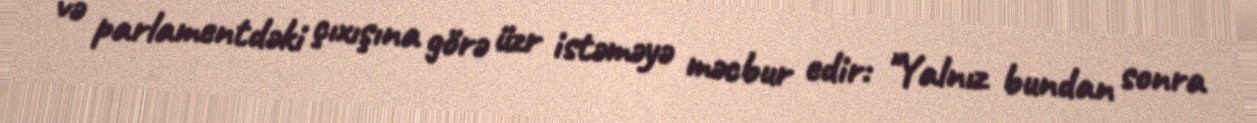
və parlamentdəki çıxışına görə üzr istəməyə məcbur edir: "Yalnız bundan sonra